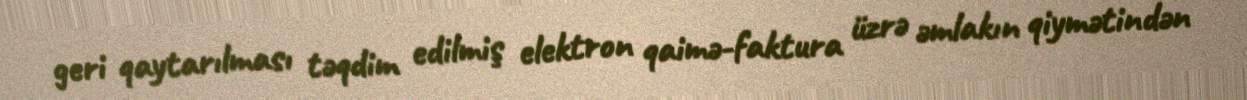
geri qaytarılması təqdim edilmiş elektron qaimə-faktura üzrə əmlakın qiymətindən